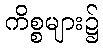
ကိစ္စများ၌